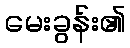
မေးခွန်း၏